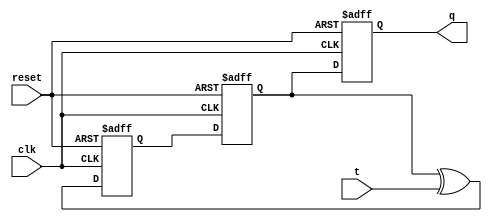
module t_ff (
    input wire clk,
    input wire reset,
    input wire t,
    output reg q
);

reg d, q_int;

always @(posedge clk or negedge reset) begin
    if (reset == 1'b0) begin
        d <= 1'b0;
        q_int <= 1'b0;
    end else begin
        d <= (q_int ^ t);
        q_int <= d;
    end
end

always @(negedge clk or negedge reset) begin
    if (reset == 1'b0) begin
        q <= 1'b0;
    end else begin
        q <= q_int;
    end
end

endmodule